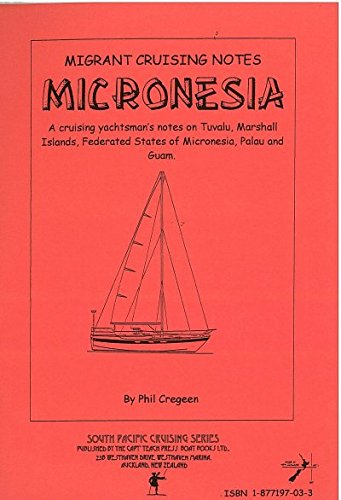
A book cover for Migrant Cruising Notes. Micronesia; Phil Gregeen; Travel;